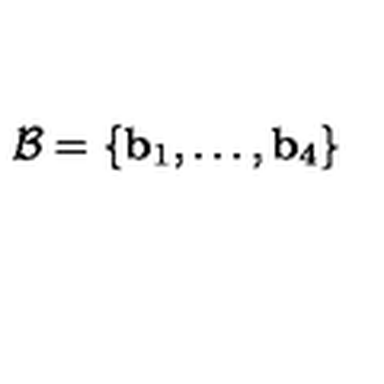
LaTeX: \mathcal { B } = \{ \mathbf { b } _ { 1 } , \ldots , \mathbf { b } _ { 4 } \}